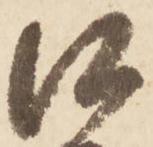
口